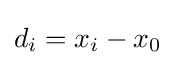
d_{i}=x_{i}-x_{0}